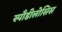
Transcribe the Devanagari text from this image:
स्पॉँडीलोसिस